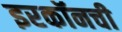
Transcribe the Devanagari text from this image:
इरकॉनची